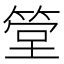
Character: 𥮶